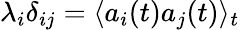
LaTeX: \lambda_{i}\delta_{ij}=\langle a_{i}(t)a_{j}(t)\rangle_{t}